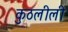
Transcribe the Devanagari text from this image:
कुठलीली